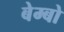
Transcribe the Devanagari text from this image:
बेम्बो